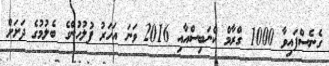
ގެނެސްފައިވާ 1000 ގްރާމް ކެނަބިސްއާއި 2016 ވަނަ އަހަރު ފުލުހުންގެ ބެލުމުގެ ދަށަށް